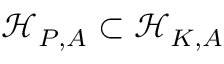
\mathcal { H } _ { P , A } \subset \mathcal { H } _ { K , A }